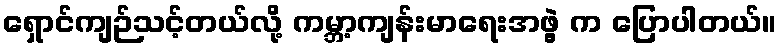
ရှောင်ကျဉ်သင့်တယ်လို့ ကမ္ဘာ့ကျန်းမာရေးအဖွဲ့ က ပြောပါတယ်။